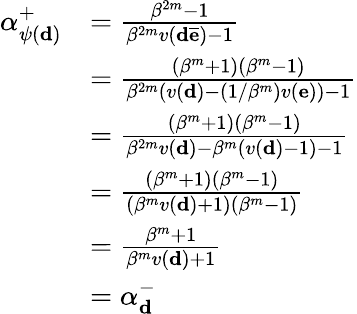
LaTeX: \begin{array}{rl}{\alpha_{\psi(\mathbf d)}^{+}}&{=\frac{\beta^{2m}-1}{\beta^{2m}v(\mathbf d\overline{{\mathbf e}})-1}}\\ &{=\frac{(\beta^{m}+1)(\beta^{m}-1)}{\beta^{2m}(v(\mathbf d)-(1/\beta^{m})v(\mathbf e))-1}}\\ &{=\frac{(\beta^{m}+1)(\beta^{m}-1)}{\beta^{2m}v(\mathbf d)-\beta^{m}(v(\mathbf d)-1)-1}}\\ &{=\frac{(\beta^{m}+1)(\beta^{m}-1)}{(\beta^{m}v(\mathbf d)+1)(\beta^{m}-1)}}\\ &{=\frac{\beta^{m}+1}{\beta^{m}v(\mathbf d)+1}}\\ &{=\alpha_{\mathbf d}^{-}}\end{array}